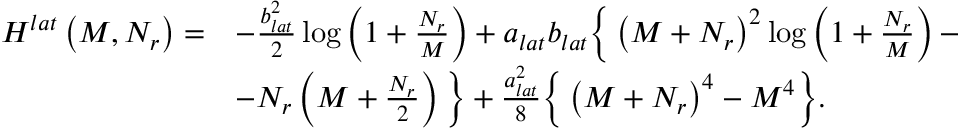
\begin{array} { r l } { H ^ { l a t } \left( M , N _ { r } \right) = } & { - \frac { b _ { l a t } ^ { 2 } } { 2 } \log \left( 1 + \frac { N _ { r } } { M } \right) + a _ { l a t } b _ { l a t } \bigg \{ \left( M + N _ { r } \right) ^ { 2 } \log \left( 1 + \frac { N _ { r } } { M } \right) - } \\ & { - N _ { r } \left( M + \frac { N _ { r } } { 2 } \right) \bigg \} + \frac { a _ { l a t } ^ { 2 } } { 8 } \bigg \{ \left( M + N _ { r } \right) ^ { 4 } - M ^ { 4 } \bigg \} . } \end{array}